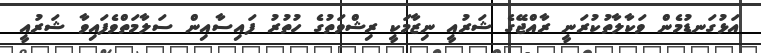
އަޅުގަނޑުމެން ވަކާލާތުކުރަނީ ރާއްޖޭގެ ޝަރުއީ ނިޒާމަކީ ރިޝްވަތުގެ ހުތުރު ފައިސާއިން ސަލާމަތްވެފައިވާ ޝަރުއީ